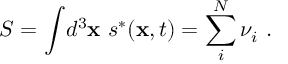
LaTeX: S = \int \! d ^ { 3 } { \bf x } ~ s ^ { * } ( { \bf x } , t ) = \sum _ { i } ^ { N } \nu _ { i } ~ .